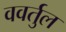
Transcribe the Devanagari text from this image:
ववर्तुल